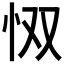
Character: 𫹷